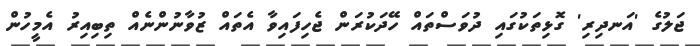
ޖަލުގެ 'އަނދިރި' ގޮޅިތަކުގައި ދުވަސްތައް ހޭދަކުރަން ޖެހިފައިވާ އެތައް ޒުވާނުންނެއް ތިބިއިރު އެމީހުން